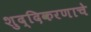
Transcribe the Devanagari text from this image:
शुद्दिकरणाचे